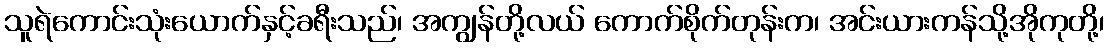
သူရဲကောင်းသုံးယောက်နှင့်ခရီးသည်၊ အကျွန်တို့လယ် ကောက်စိုက်တုန်းက၊ အင်းယားကန်သို့အိုကုတို့၊